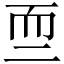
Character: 𱻰